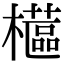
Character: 櫙